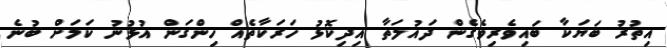
އިތުރު ބަޔަކާ ބައިވެރިވެގެން ދައުލަތާ އިދިކޮޅު ހަރަކާތެއް ހިންގަން އުޅުނު ކަމަށް ބުނެ